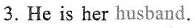
3. He is her husband.